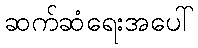
ဆက်ဆံရေးအပေါ်